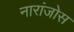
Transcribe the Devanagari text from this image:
नारांजोस